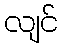
လျင်